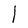
Character: l